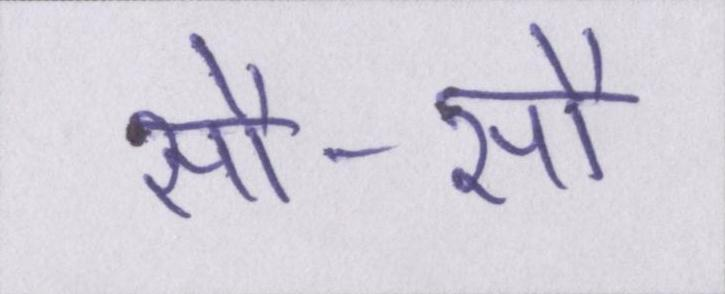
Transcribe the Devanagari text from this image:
सौ-सौ